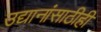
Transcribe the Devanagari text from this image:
उद्यानांसाठीही